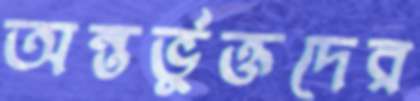
অন্তর্ভুক্তদের